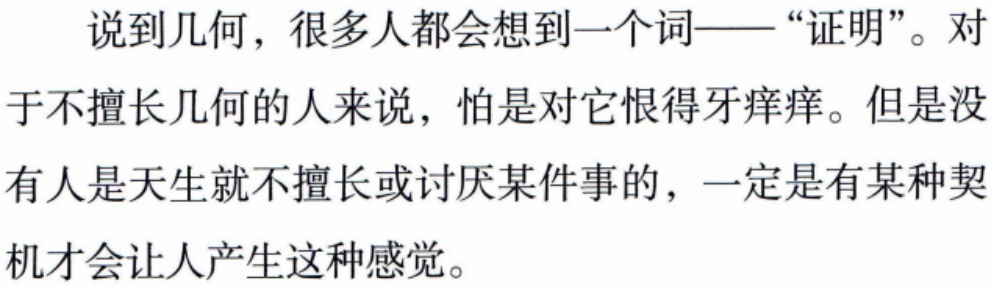
说到几何，很多人都会想到一个词——“证明”。对于不擅长几何的人来说，怕是对它恨得牙痒痒。但是没有人是天生就不擅长或讨厌某件事的，一定是有某种契机才会让人产生这种感觉。